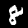
Digit: 8